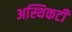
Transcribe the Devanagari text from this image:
अस्थिकटी